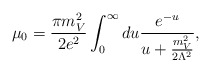
\begin{align*}\mu_{0}=\frac{\pi m_{V}^{2}}{2e^{2}}\int_{0}^{\infty}du \frac{e^{-u}}{u+\frac{m_{V}^{2}}{2\Lambda^2}},\end{align*}